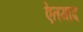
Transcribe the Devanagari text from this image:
ऐतमाद